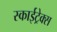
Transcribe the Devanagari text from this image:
स्काईट्रेक्स